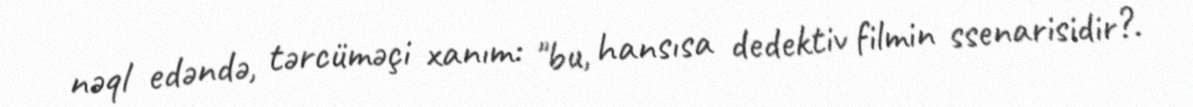
nəql edəndə, tərcüməçi xanım: "bu, hansısa dedektiv filmin ssenarisidir?.